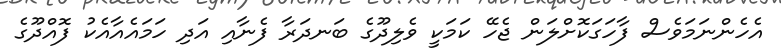
އެހެންނަމަވެސް ފާހަގަކޮށްލަން ޖެހޭ ކަމަކީ ވެލިދޫގެ ބަނދަރާ ފެނާއި އަދި ހަމައެއާއެކު ފޮއްދޫގެ